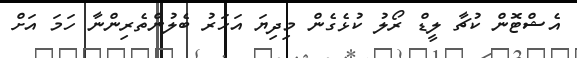
އެޝްޓޮން ކުޗާ ލީޑް ރޯލު ކުޅެގެން މިދިޔަ އަހަރު ބެލުންތެރިންނާ ހަމަ އަށް